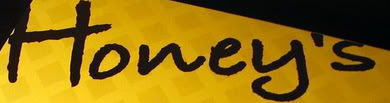
Honey's